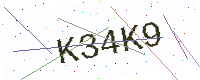
Text: K34K9